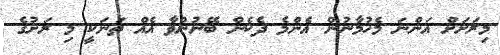
މިރަށަށް އަންނަ މެހުމާނުން އެންމެ ދެކެން ބޭނުންވާ އެއް ތަނަކީ މި ރަށުގެ